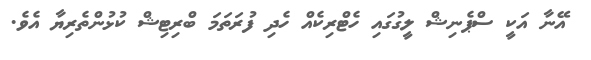
އޭނާ އަކީ ސްޕެނިޝް ލީގުގައި ހެޓްރިކެއް ހެދި ފުރަތަމަ ބްރިޓިޝް ކުޅުންތެރިޔާ އެވެ.